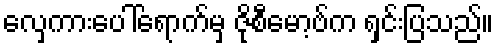
လှေကားပေါ်ရောက်မှ ဇိုစီမော့ဗ်က ရှင်းပြသည်။